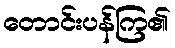
တောင်းပန်ကြ၏